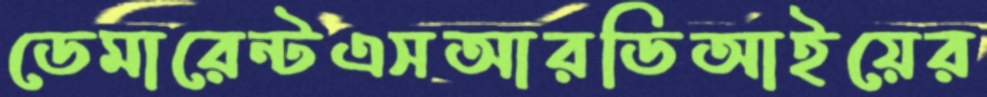
ডেমারেন্টএসআরডিআইয়ের